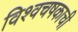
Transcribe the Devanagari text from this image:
विश्वचषकाची